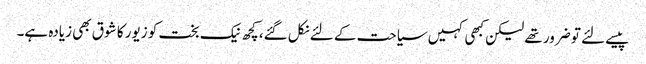
پیسے لئے تو ضرور تھے لیکن کبھی کہیں سیاحت کے لئے نکل گئے، کچھ نیک بخت کو زیور کا شوق بھی زیادہ ہے۔